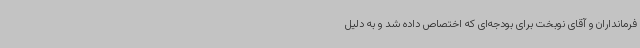
فرمانداران و آقای نوبخت برای بودجه‌ای که اختصاص داده شد و به دلیل